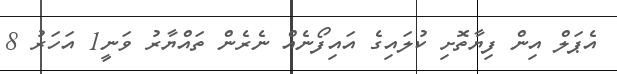
އެޕަލް އިން ފިޔާތޮށި ކުލައިގެ އައިފޯނެއް ނެރެން ތައްޔާރު ވަނީ1 އަހަރު 8